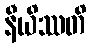
နီယိဿတိ